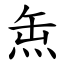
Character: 缹